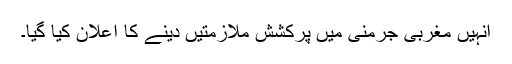
انہیں مغربی جرمنی میں پرکشش ملازمتیں دینے کا اعلان کیا گیا۔